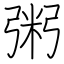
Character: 粥